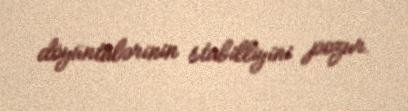
döyüntülərinin stabilliyini pozur.